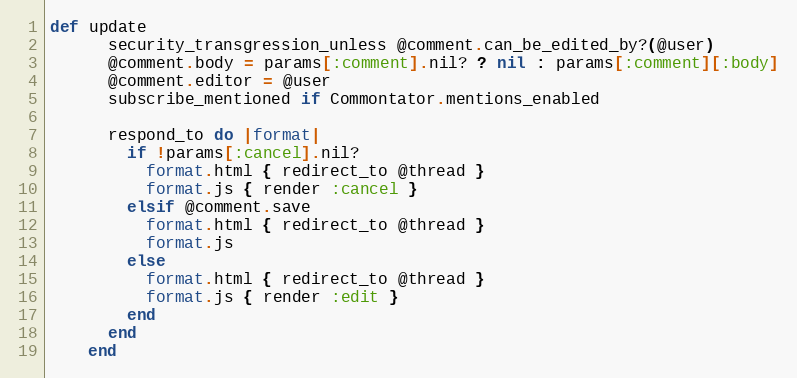
Language: Ruby
def update
      security_transgression_unless @comment.can_be_edited_by?(@user)
      @comment.body = params[:comment].nil? ? nil : params[:comment][:body]
      @comment.editor = @user
      subscribe_mentioned if Commontator.mentions_enabled

      respond_to do |format|
        if !params[:cancel].nil?
          format.html { redirect_to @thread }
          format.js { render :cancel }
        elsif @comment.save
          format.html { redirect_to @thread }
          format.js
        else
          format.html { redirect_to @thread }
          format.js { render :edit }
        end
      end
    end